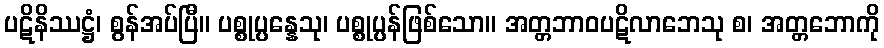
ပဋိနိဿဋ္ဌံ၊ စွန်အပ်ပြီ။ ပစ္စုပ္ပန္နေသု၊ ပစ္စုပ္ပန်ဖြစ်သော။ အတ္တဘာဝပဋိလာဘေသု စ၊ အတ္တဘောကို